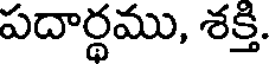
పదార్థము, శక్తి.